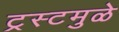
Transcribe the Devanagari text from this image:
ट्रस्टमुळे